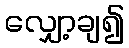
လျှော့ချ၍